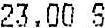
23.00 S